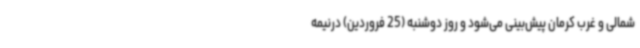
شمالی و غرب کرمان پیش‌بینی می‌شود و روز دوشنبه (25 فروردین) درنیمه